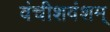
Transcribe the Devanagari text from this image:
वंचीशवंशम्